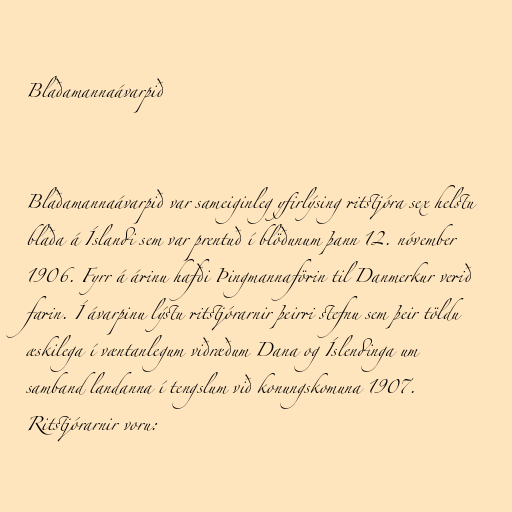
Blaðamannaávarpið

Blaðamannaávarpið var sameiginleg yfirlýsing ritstjóra sex helstu
blaða á Íslandi sem var prentuð í blöðunum þann 12. nóvember
1906. Fyrr á árinu hafði Þingmannaförin til Danmerkur verið
farin. Í ávarpinu lýstu ritstjórarnir þeirri stefnu sem þeir töldu
æskilega í væntanlegum viðræðum Dana og Íslendinga um
samband landanna í tengslum við konungskomuna 1907.
Ritstjórarnir voru: